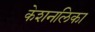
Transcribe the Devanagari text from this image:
केशनलिका